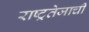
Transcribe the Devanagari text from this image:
राष्ट्रतेजाची